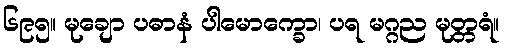
၆၉၅။ မုချော ပဓာနံ ပါမောက္ခော၊ ပရ မဂ္ဂည မုတ္တရံ။